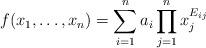
LaTeX: \begin{align*} f(x_1, \ldots, x_n)=\sum\limits_{i=1}^n a_i \prod\limits_{j=1}^n x_j^{E_{ij}} \end{align*}